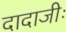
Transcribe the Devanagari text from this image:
दादाजीः